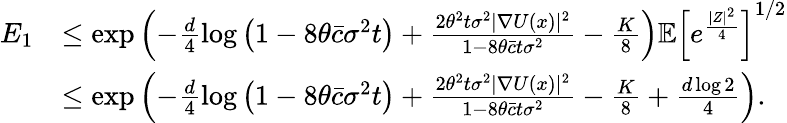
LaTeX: \begin{array}{rl}{E_{1}}&{\le\exp\left(-\frac{d}{4}\log\left(1-8\theta\bar{c}\sigma^{2}t\right)+\frac{2\theta^{2}t\sigma^{2}|\nabla U(x)|^{2}}{1-8\theta\bar{c}t\sigma^{2}}-\frac{K}{8}\right)\mathbb{E}\left[e^{\frac{|Z|^{2}}{4}}\right]^{1/2}}\\ &{\le\exp\left(-\frac{d}{4}\log\left(1-8\theta\bar{c}\sigma^{2}t\right)+\frac{2\theta^{2}t\sigma^{2}|\nabla U(x)|^{2}}{1-8\theta\bar{c}t\sigma^{2}}-\frac{K}{8}+\frac{d\log 2}{4}\right).}\end{array}